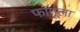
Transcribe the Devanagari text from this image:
फाॅर्मूला